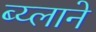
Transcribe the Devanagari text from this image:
ब्य्लाने